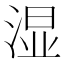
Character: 湿